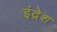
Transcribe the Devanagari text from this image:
इंद्रेश